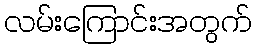
လမ်းကြောင်းအတွက်